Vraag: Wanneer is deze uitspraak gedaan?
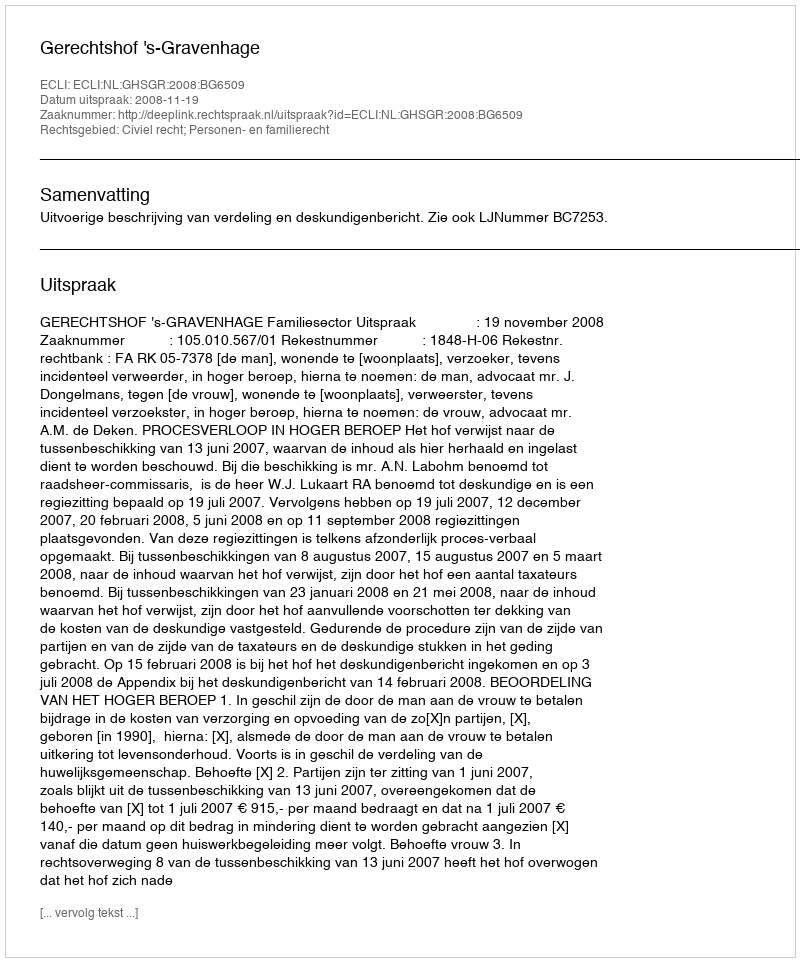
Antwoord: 2008-11-19